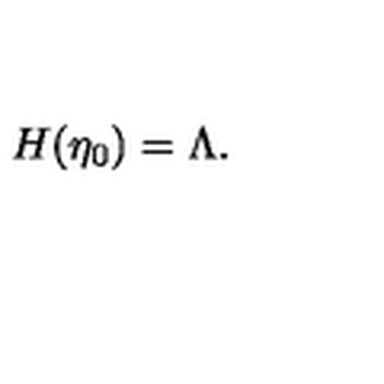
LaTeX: H ( \eta _ { 0 } ) = \Lambda .